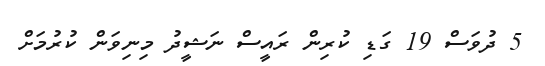
5 ދުވަސް 19 ގަޑި ކުރިން ރައީސް ނަޝީދު މިނިވަން ކުރުމަށް